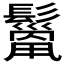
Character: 𩯓